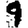
Digit: 9